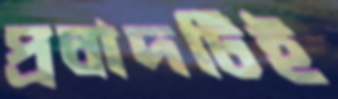
প্রবাদটিই